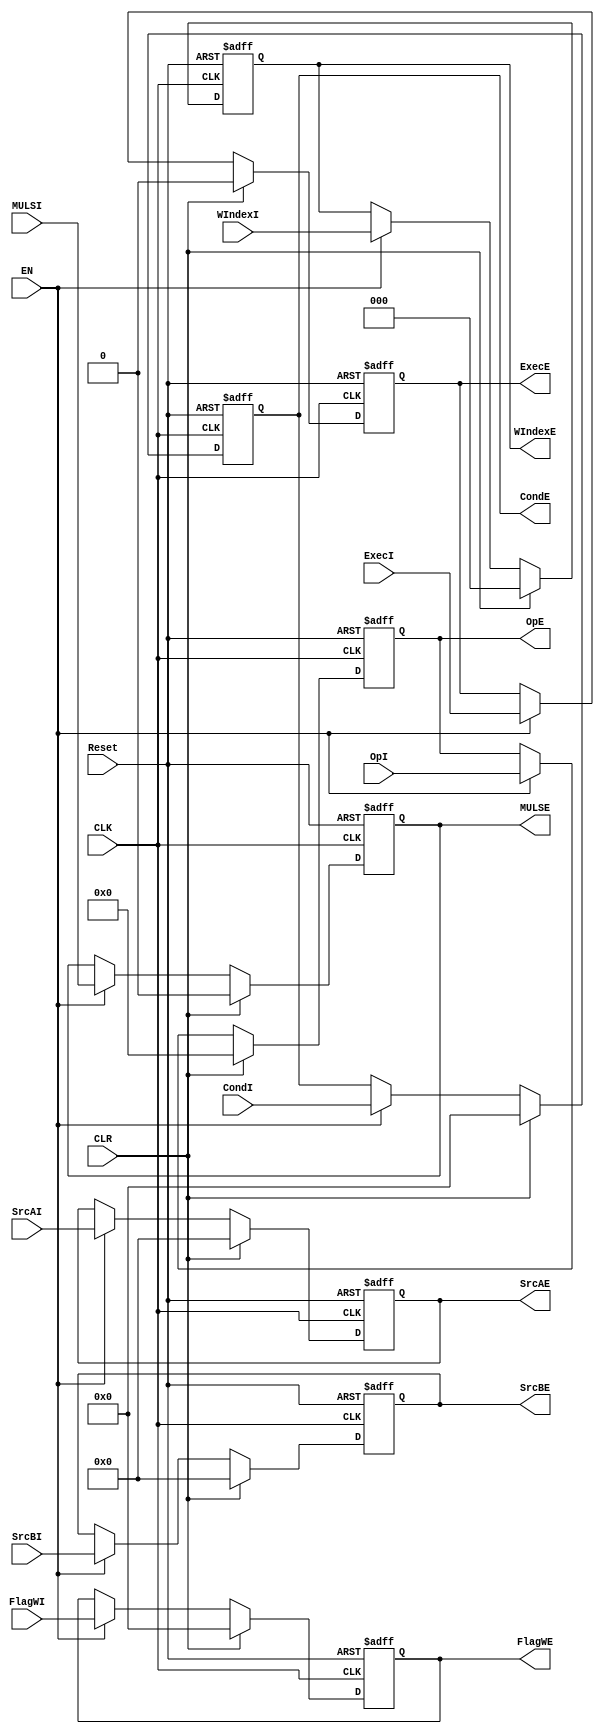
module MUL_IEReg(
    input CLK,
    input Reset,
    input EN,
    input CLR,
    input ExecI,
    input [3:0] CondI,
    input [3:0] FlagWI,
    input [2:0] WIndexI,
    input [31:0] SrcAI,
    input [31:0] SrcBI,
    input [4:0] OpI,
    input MULSI,
    output reg ExecE,
    output reg [3:0] CondE,
    output reg [3:0] FlagWE,
    output reg [2:0] WIndexE,
    output reg [31:0] SrcAE,
    output reg [31:0] SrcBE,
    output reg [4:0] OpE,
    output reg MULSE
);

    initial begin
        ExecE = 0;
        CondE = 0;
        FlagWE = 0;
        WIndexE = 0;
        SrcAE = 0;
        SrcBE = 0;
        OpE = 0;
        MULSE = 0;
    end

    always @(posedge CLK, posedge Reset) begin
        if (Reset) begin
            ExecE <= 0;
            CondE <= 0;
            FlagWE <= 0;
            WIndexE <= 0;
            SrcAE <= 0;
            SrcBE <= 0;
            OpE <= 0;
            MULSE <= 0;
        end
        else if (CLR) begin
            ExecE <= 0;
            CondE <= 0;
            FlagWE <= 0;
            WIndexE <= 0;
            SrcAE <= 0;
            SrcBE <= 0;
            OpE <= 0;
            MULSE <= 0;
        end
        else if (EN) begin
            ExecE <= ExecI;
            CondE <= CondI;
            FlagWE <= FlagWI;
            WIndexE <= WIndexI;
            SrcAE <= SrcAI;
            SrcBE <= SrcBI;
            OpE <= OpI;
            MULSE <= MULSI;
        end
        else begin
            ExecE <= ExecE;
            CondE <= CondE;
            FlagWE <= FlagWE;
            WIndexE <= WIndexE;
            SrcAE <= SrcAE;
            SrcBE <= SrcBE;
            OpE <= OpE;
            MULSE <= MULSE;
        end
    end
endmodule